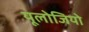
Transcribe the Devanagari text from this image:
यूलोजियो